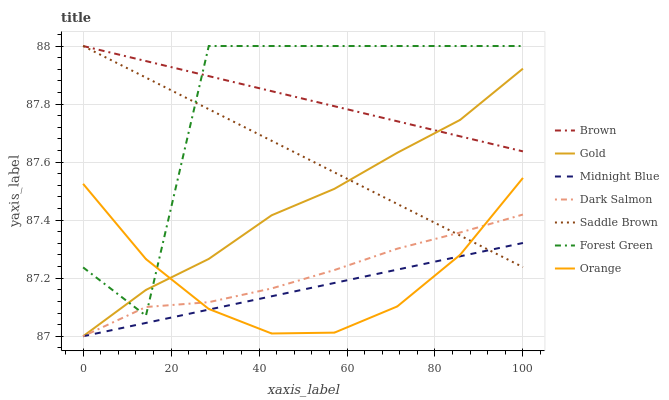
| xaxis_label | Brown | Gold | Midnight Blue | Dark Salmon | Saddle Brown | Forest Green | Orange |
 | --- | --- | --- | --- | --- | --- | --- | --- |
 | 0 | 88 | 87 | 87 | 87 | 88 | 87.2 | 87.5 |
 | 14.3 | 87.9 | 87.2 | 87 | 87.1 | 87.9 | 87.1 | 87.3 |
 | 28.6 | 87.9 | 87.3 | 87.1 | 87.1 | 87.8 | 88 | 87.1 |
 | 42.9 | 87.8 | 87.4 | 87.1 | 87.2 | 87.7 | 88 | 87 |
 | 57.1 | 87.8 | 87.5 | 87.2 | 87.2 | 87.6 | 88 | 87 |
 | 71.4 | 87.7 | 87.6 | 87.2 | 87.3 | 87.5 | 88 | 87.1 |
 | 85.7 | 87.7 | 87.7 | 87.3 | 87.4 | 87.3 | 88 | 87.3 |
 | 100 | 87.6 | 87.9 | 87.3 | 87.4 | 87.2 | 88 | 87.5 |